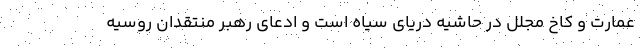
عمارت و کاخ مجلل در حاشیه دریای سیاه است و ادعای رهبر منتقدان روسیه